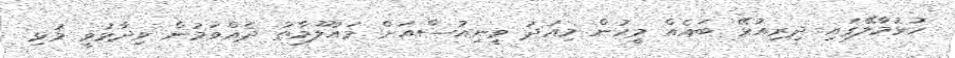
ހުޅުމާލޭގައި ދިރިއުޅޭ ބައެއް މީހުން މިއަދު ވީނިއުސްއަށް މައުލޫމާތު ދެއްވަމުން ވިދާޅުވީ މުޅި